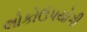
લોકોઉપયોગી